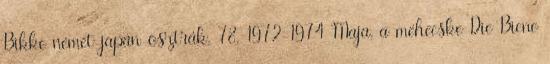
Bikke német-japán-osztrák, 78, 1972-1974 Maja, a méhecske Die Biene